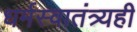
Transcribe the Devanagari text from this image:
धर्मस्वातंत्र्यही